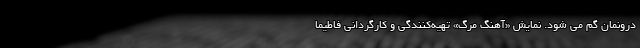
درونمان گم می شود. نمایش «آهنگ مرگ» تهیه‌کنندگی و کارگردانی فاطیما